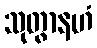
သုတွာနဟံ